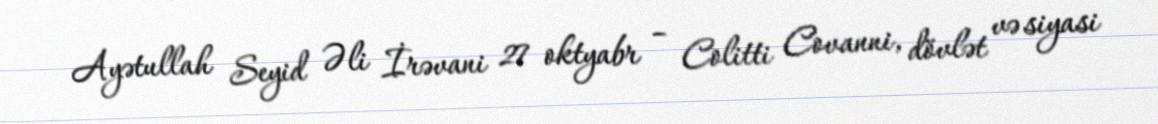
Ayətullah Seyid Əli İrəvani 27 oktyabr – Colitti Covanni, dövlət və siyasi